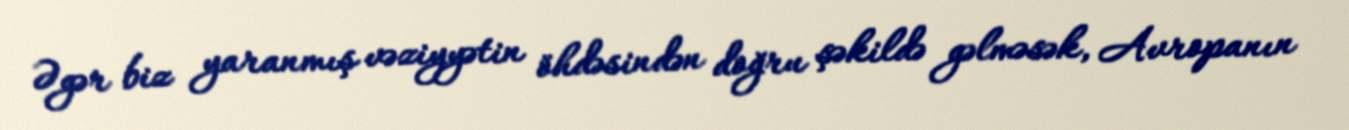
Əgər biz yaranmış vəziyyətin öhdəsindən doğru şəkildə gəlməsək, Avropanın